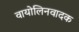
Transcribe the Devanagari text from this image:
वायोलिनवादक